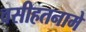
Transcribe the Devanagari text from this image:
वसीहतनामे